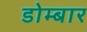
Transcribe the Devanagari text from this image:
डोम्बार